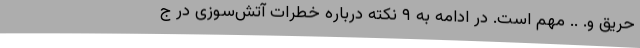
حریق و. .. مهم است. در ادامه به ۹ نکته درباره خطرات آتش‌سوزی در ج